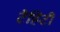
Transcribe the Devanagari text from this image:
टैहिटी